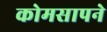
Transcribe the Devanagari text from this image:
कोमसापने